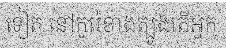
ទៀត នៅកូរ៉េខាងត្បូងតើអ្នក